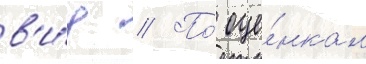
в'и́д // По́ оце́нкам